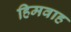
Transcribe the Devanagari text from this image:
हिमवाह